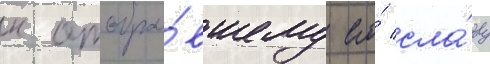
к отобра́вшему его́ сла́ву